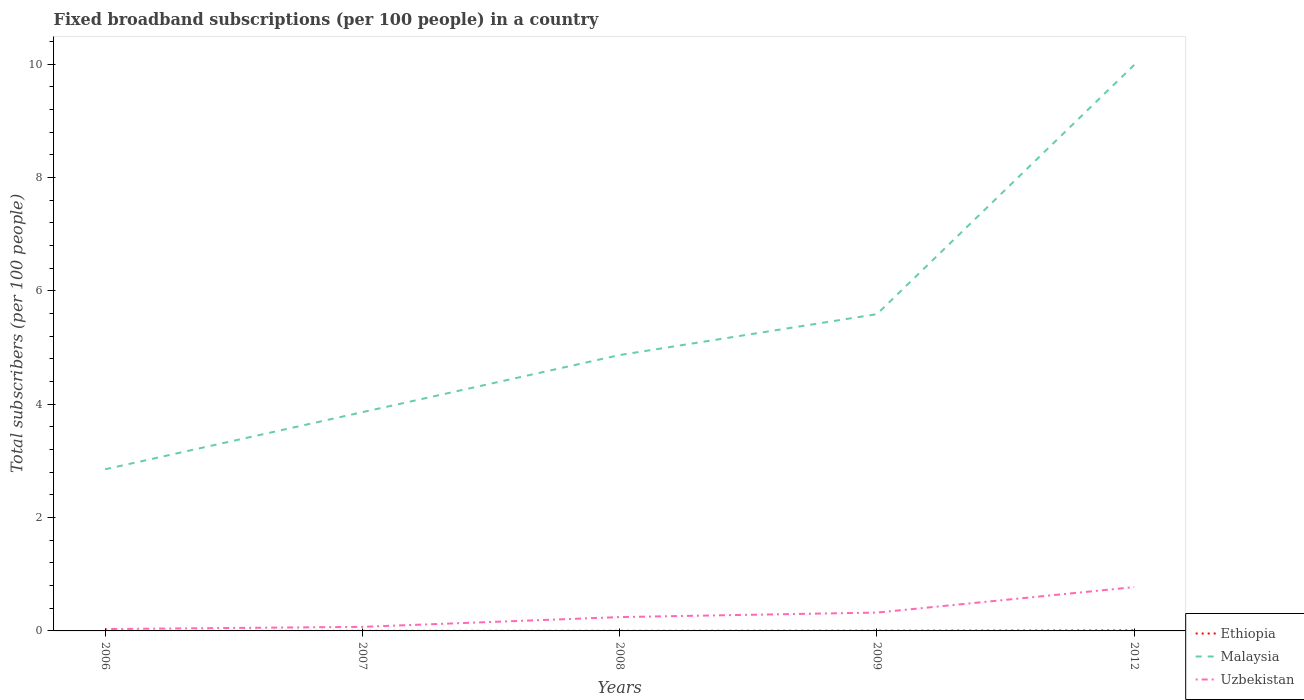
| Years | Ethiopia | Malaysia | Uzbekistan |
 | --- | --- | --- | --- |
 | 2006 | 0.000333 | 2.85 | 0.0328 |
 | 2007 | 0.00129 | 3.86 | 0.0719 |
 | 2008 | 0.00181 | 4.87 | 0.244 |
 | 2009 | 0.00412 | 5.59 | 0.324 |
 | 2012 | 0.0093 | 9.99 | 0.773 |